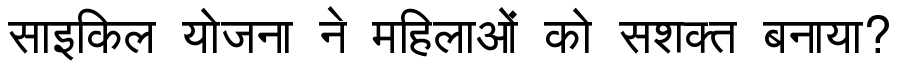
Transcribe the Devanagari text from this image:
साइकिल योजना ने महिलाओं को सशक्त बनाया?